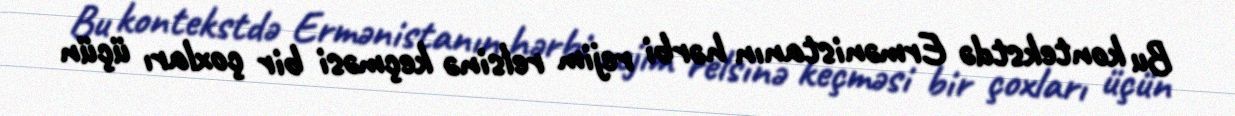
Bu kontekstdə Ermənistanın hərbi rejim relsinə keçməsi bir çoxları üçün